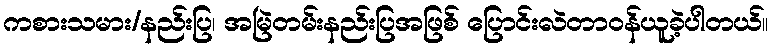
ကစားသမား/နည်းပြ၊ အမြဲတမ်းနည်းပြအဖြစ် ပြောင်းလဲတာဝန်ယူခဲ့ပါတယ်။